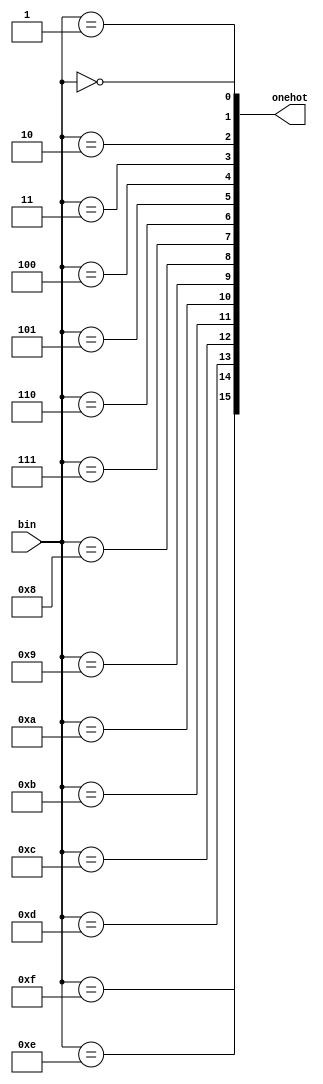
`timescale 1ns/1ns

module bin_to_onehot(
    bin,
    onehot
    );

input [3:0] bin;
output reg [15:0] onehot;

integer i;

always @(bin) begin
    for (i = 0; i < 16; i = i + 1) begin
        onehot[i] = (bin == i);
    end
end

endmodule